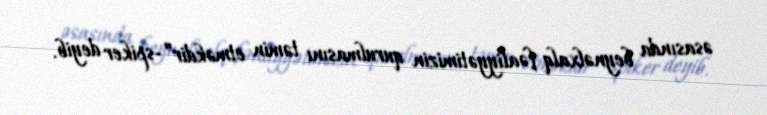
əsasında beynəlxalq fəaliyyətimizin qurulmasını təmin etməkdir”-spiker deyib.